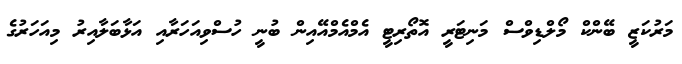
މަރުކަޒީ ބޭންކް މޯލްޑިވްސް މަނިޓަރީ އޮތޯރިޓީ އެމްއެމްއޭއިން ބުނީ ހުސްވިއަހަރާއި އަޅާބަލާއިރު މިއަހަރުގެ